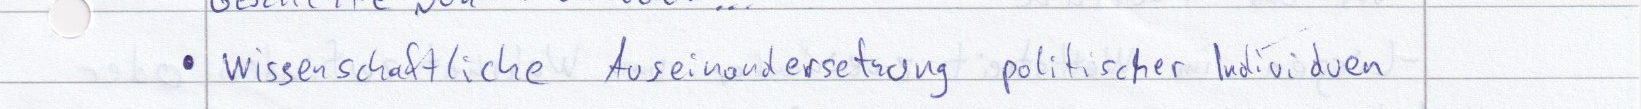
wissenschaftliche Auseinandersetzung politischer Individuen